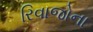
રિવાજોના